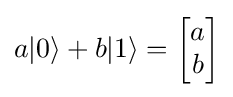
a|0\rangle +b|1\rangle ={\begin{bmatrix}a\\b\end{bmatrix}}